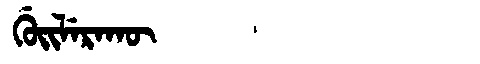
Manchu: ᡤᡠᡳᠯᡝᡵᠠᡴᡡ
Romanization: GUILERAKŪ